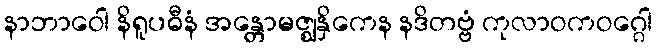
နာဘာဝေါ နိရူပဓီနံ အန္တောမဇ္ဈနှိကေန နဒိတဗ္ဗံ ကုလာဝကဝဂ္ဂေါ